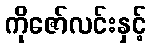
ကိုဇော်လင်းနှင့်